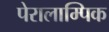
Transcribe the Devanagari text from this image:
पेरालाम्पिक